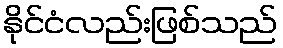
နိုင်ငံလည်းဖြစ်သည်